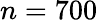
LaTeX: n=700